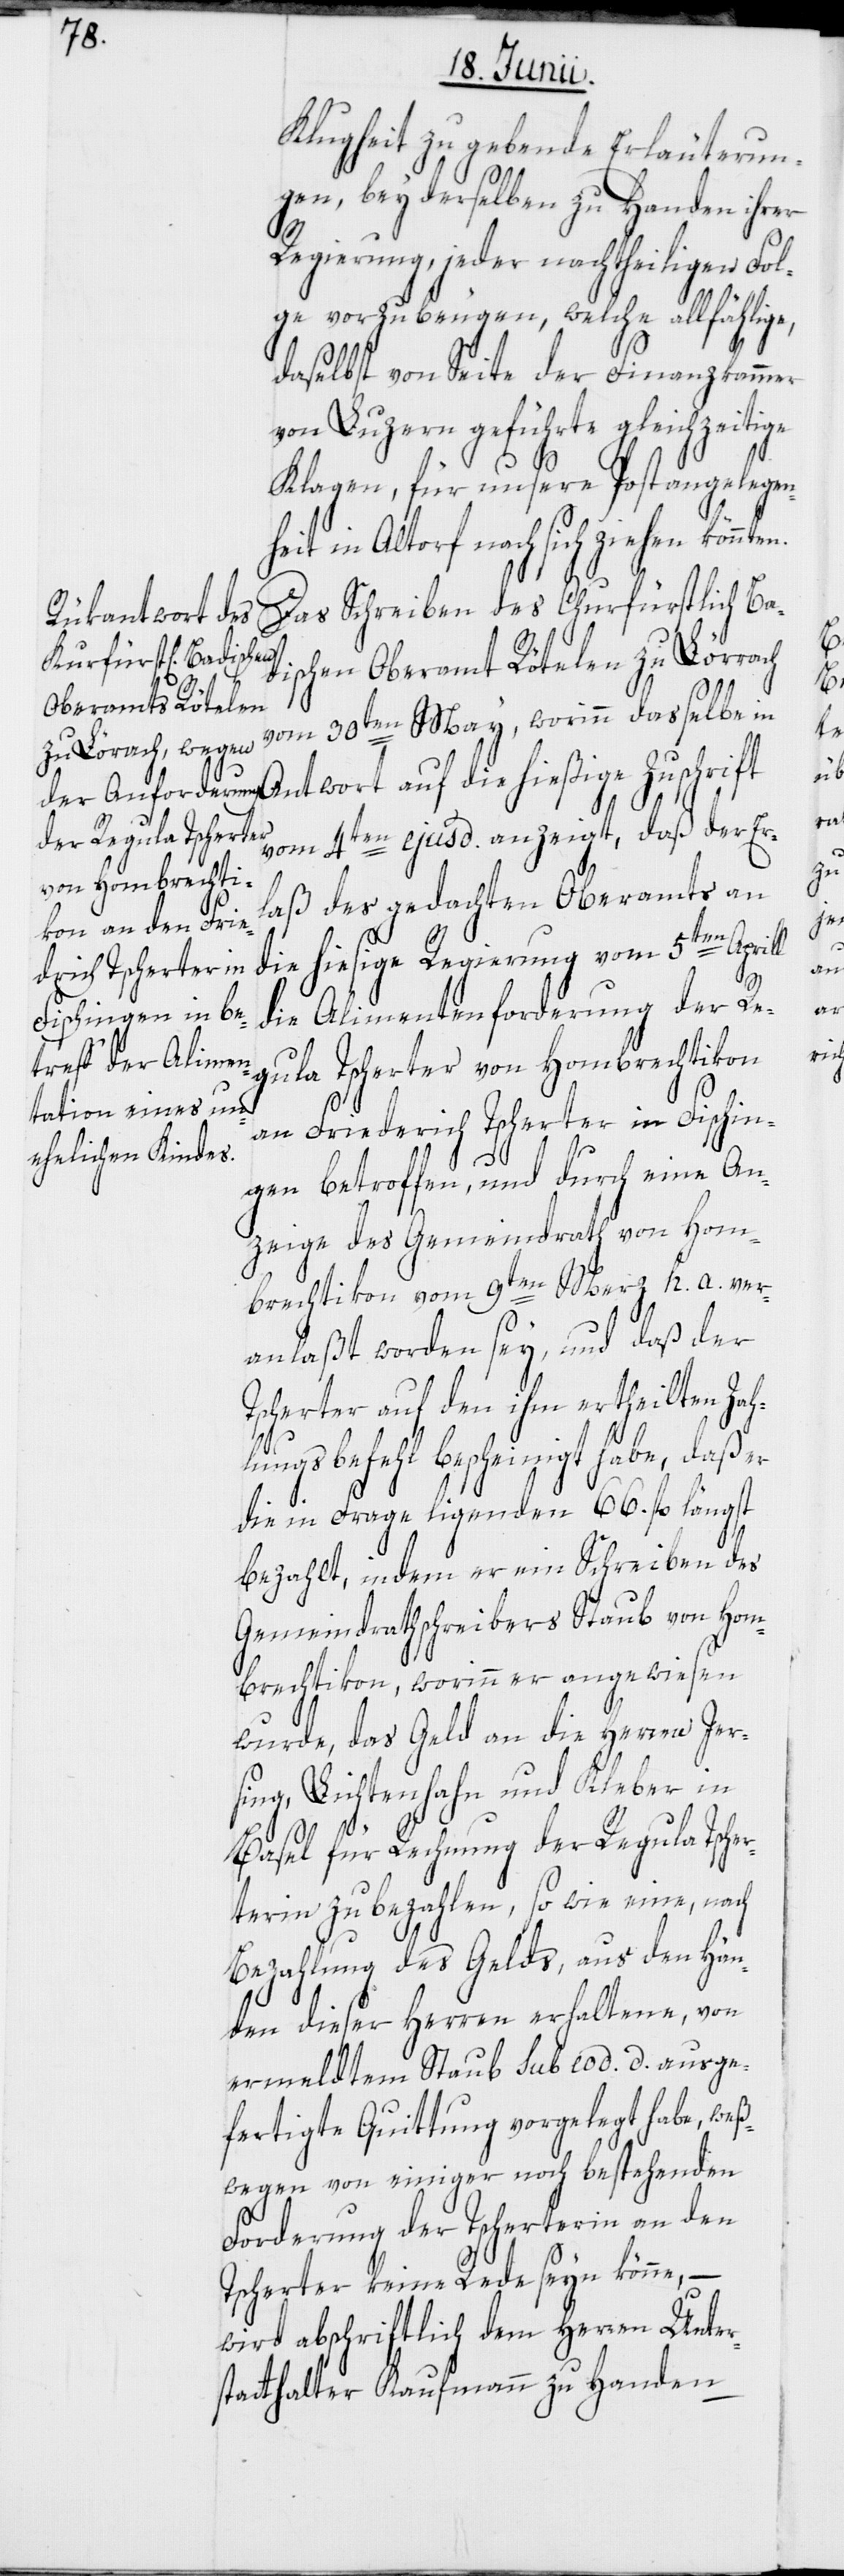
Klugheit zu gebende Erläuterun¬
gen, bey derselben zu Handen ihrer
Regierung, jeder nachtheiligen Fol¬
ge vorzubeugen, welche allfählige,
daselbst von Seite der Finanzkammer
von Luzern geführte gleichzeitige
Klagen, für unsere Postangelegen¬
heit in Altorf nach sich ziehen könnten.
Das Schreiben des Churfürstlich Ba¬
dischen Oberamt Rötelen zu Lörrach
vom 30ten May, worinn dasselbe in
vom 4ten ejusd. anzeigt, daß der Er¬
laß des gedachten Oberamts an
die hiesige Regierung vom 5ten Aprill
die Alimentenforderung der Re¬
gula Tscherter von Hombrechtikon
an Friederich Tscherter in Fischin¬
gen betroffen, und durch eine An¬
zeige des Gemeindrath von Hom¬
brechtikon vom 9ten Merz h. a. ver¬
anlaßt worden sey, und daß der
Tscherter auf den ihm ertheilten Zah¬
lungsbefehl bescheinigt habe, daß er
die in Frage ligenden 66. fl. längst
bezahlt, indem er ein Schreiben des
Gemeindrathschreibers Staub von Hom¬
brechtikon, worinn er angewiesen
wurde, das Geld an die Herren Jer¬
sing, Lichtenhahn und Kleber in
Basel für Rechnung der Regula Tscher¬
terin zu bezahlen, so wie eine, nach
Bezahlung des Gelds, aus den Hän¬
den dieser Herren erhaltene, von
ermeldtem Staub sub eod. d. ausge¬
fertigte Quittung vorgelegt habe, weß¬
wegen von einiger noch bestehenden
Forderung der Tscherterin an den
Tscherter keine Rede seyn könne, –
wird abschriftlich dem Herren Unter¬
statthalter Kaufmann zu Handen

auf
die